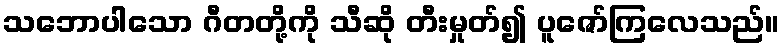
သဘောပါသော ဂီတတို့ကို သီဆို တီးမှုတ်၍ ပူဇော်ကြလေသည်။